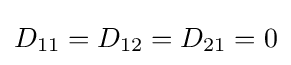
D_{11}=D_{12}=D_{21}=0